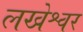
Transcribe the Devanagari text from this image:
लखेश्वर